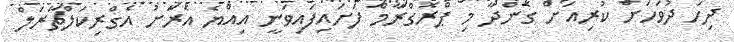
ދިހަ ދުވަަހަށް ކުރިއަށް ގެންދާ މި ޕްރޮގްރާމް ފަށައިފައިވަނީ އިއްޔެ އެރަށު އެގްރިކަލްޗަރަލް